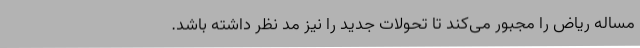
مساله ریاض را مجبور می‌کند تا تحولات جدید را نیز مد نظر داشته باشد.